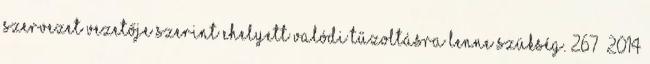
szervezet vezetője szerint ehelyett valódi tűzoltásra lenne szükség. 267 2014